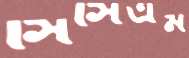
সিসিএম